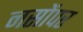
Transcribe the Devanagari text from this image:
नसोंपर